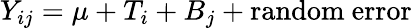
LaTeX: Y_{ij}=\mu+T_{i}+B_{j}+\mathrm{random\ error}